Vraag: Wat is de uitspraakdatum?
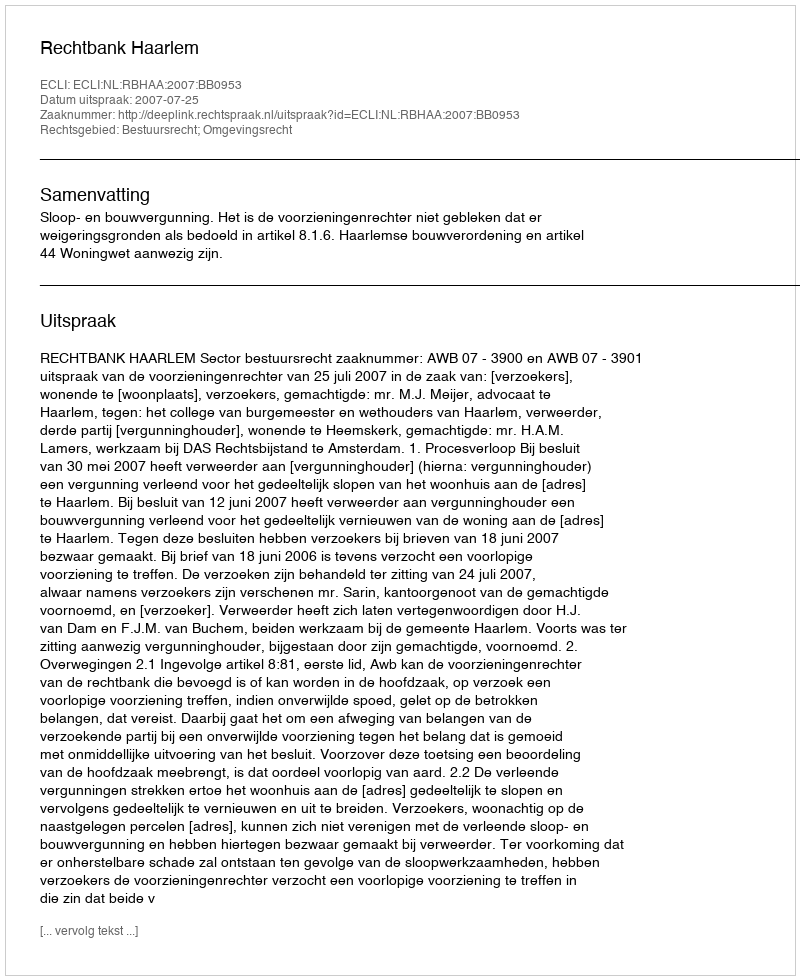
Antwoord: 2007-07-25